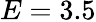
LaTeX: E=3.5